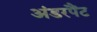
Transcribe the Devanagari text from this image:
अंडरपैंट